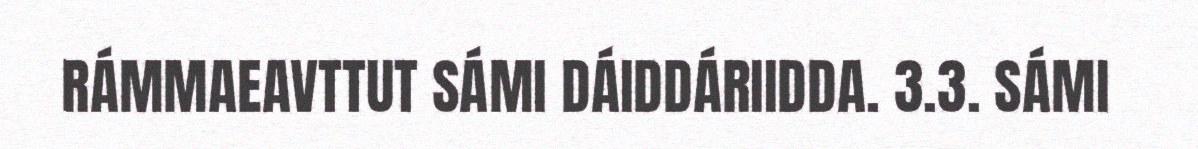
RÁMMAEAVTTUT SÁMI DÁIDDÁRIIDDA. 3.3. SÁMI